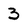
Character: 3